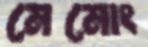
মেমোং